Indian journal of veterinary science and animal husbandry - Volume 11,
Year: 1941
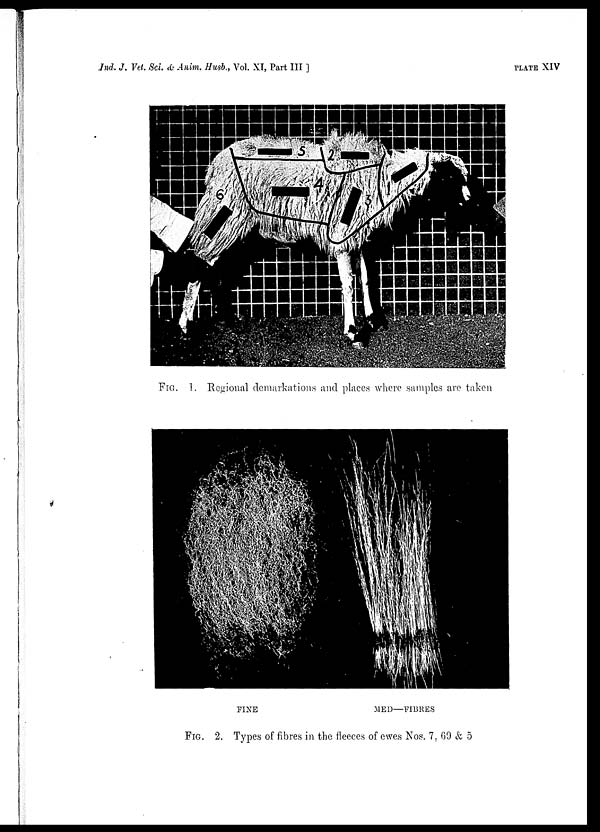
Ind. J. Vet. Sci. & Anim. Husb., Vol. XI, Part III ]
PLATE
XIV
FIG. 1. Regional demarkations and places where samples are taken
FINE
MED—FIBRES
FIG. 2. Types of fibres in the fleeces of ewes Nos. 7, 69 & 5